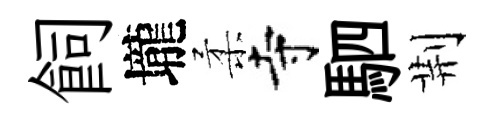
飼壠柔寺駟荆